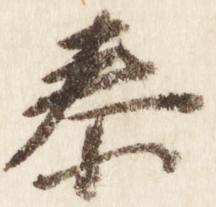
泰